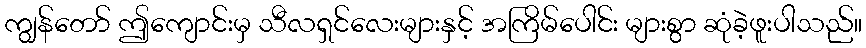
ကျွန်တော် ဤကျောင်းမှ သီလရှင်လေးများနှင့် အကြိမ်ပေါင်း များစွာ ဆုံခဲ့ဖူးပါသည်။